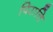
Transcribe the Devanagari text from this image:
पिरात्ति